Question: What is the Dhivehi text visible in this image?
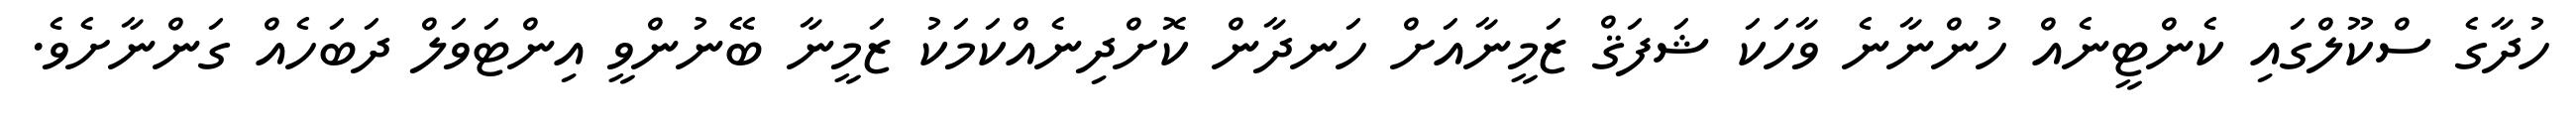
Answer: ހުދާގެ ސްކޫލްގައި ކެންޓީނެއް ހުންނާނެ ވާހަކަ ޝަފަޤް ޒަމީނާއަށް ހަނދާން ކޮށްދިނެއްކަމަކު ޒަމީނާ ބޭނުންވީ އިންޓަވަލް ދަބަހެއް ގަންނާށެވެ.